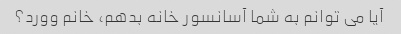
آیا می توانم به شما آسانسور خانه بدهم، خانم وورد؟